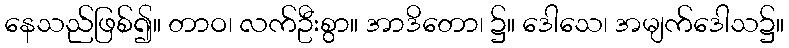
နေသည်ဖြစ်၍။ တာဝ၊ လက်ဦးစွာ။ အာဒိတော၊ ၌။ ဒေါသေ၊ အမျက်ဒေါသ၌။